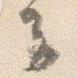
云